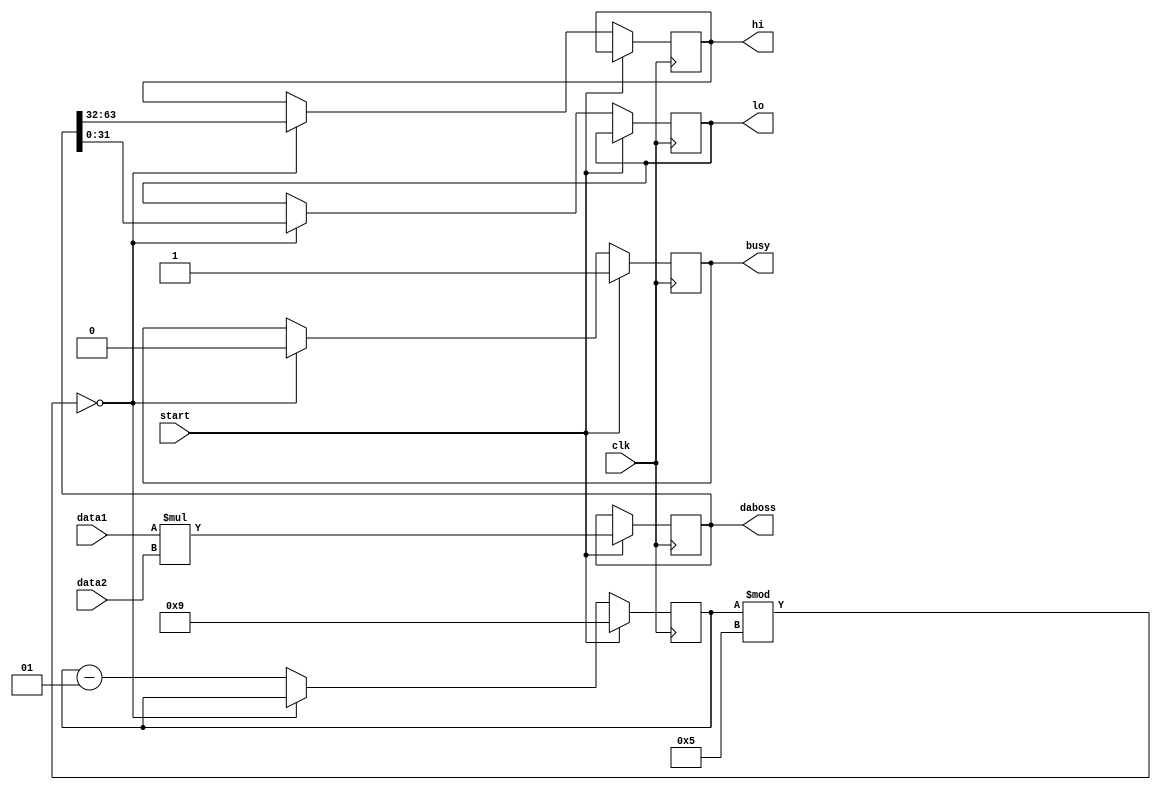
`timescale 1ns / 1ps
//////////////////////////////////////////////////////////////////////////////////
// Company: 
// Engineer: 
// 
// Design Name: 
// Module Name:    cmd 
// Project Name: 
// Target Devices: 
// Tool versions: 
// Description: 
//
// Dependencies: 
//
// Revision: 
// Revision 0.01 - File Created
// Additional Comments: 
//
//////////////////////////////////////////////////////////////////////////////////
module cmd(
	 input [31:0] data1,
	 input [31:0] data2,
	 input start,
	 input clk,
	 output reg busy,
	 output [31:0] lo,
	 output [31:0] hi,
	 output reg [63:0] daboss
    );
	 reg [31:0] loo;
	 reg [31:0] hii;
	 integer i = 0;
	 
	 initial begin
		daboss = 0;
		busy = 0;
		loo = 0;
		hii = 0;
	 end
	 always @(posedge clk)begin
		if(start)begin
			busy <= 1;
			daboss <= data1 * data2;
			i = 9;
			
		end
		else begin
			if(i%5==0)begin
				busy <= 0;
				loo <= daboss[31:0];
				hii <= daboss[63:32];
			end
			else begin
				i = i - 1;
			end
		end
	 end
	 assign lo = loo[31:0];
	 assign hi = hii[31:0];


endmodule